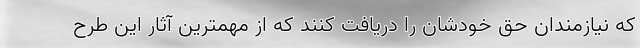
که نیازمندان حق خودشان را دریافت کنند که از مهمترین آثار این طرح